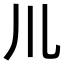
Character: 𫶧